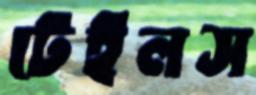
টেইলস